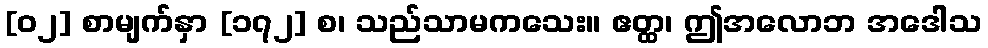
[၀၂] စာမျက်နှာ [၁၇၂] စ၊ သည်သာမကသေး။ ဧတ္ထ၊ ဤအလောဘ အဒေါသ